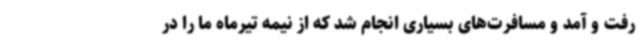
رفت و آمد و مسافرت‌های بسیاری انجام شد که از نیمه تیرماه ما را در